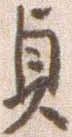
貞